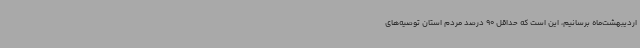
اردیبهشت‌ماه برسانیم، این است که حداقل 90 درصد مردم استان توصیه‌های